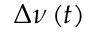
\Delta \nu \left( t \right)